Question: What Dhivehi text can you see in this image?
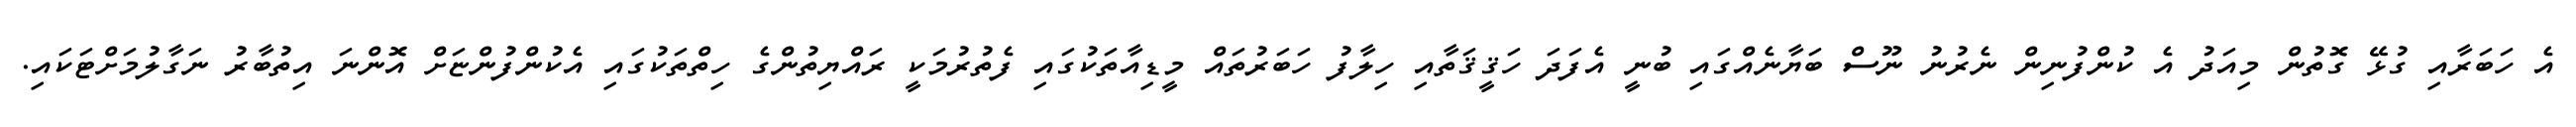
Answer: އެ ހަބަރާއި ގުޅޭ ގޮތުން މިއަދު އެ ކުންފުނިން ނެރުނު ނޫސް ބަޔާނެއްގައި ބުނީ އެފަދަ ހަޤީޤަތާއި ހިލާފު ހަބަރުތައް މީޑިއާތަކުގައި ފެތުރުމަކީ ރައްޔިތުންގެ ހިތްތަކުގައި އެކުންފުންޏަށް އޮންނަ އިތުބާރު ނަގާލުމަށްޓަކައި.